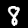
Label: 8